Language: tamil
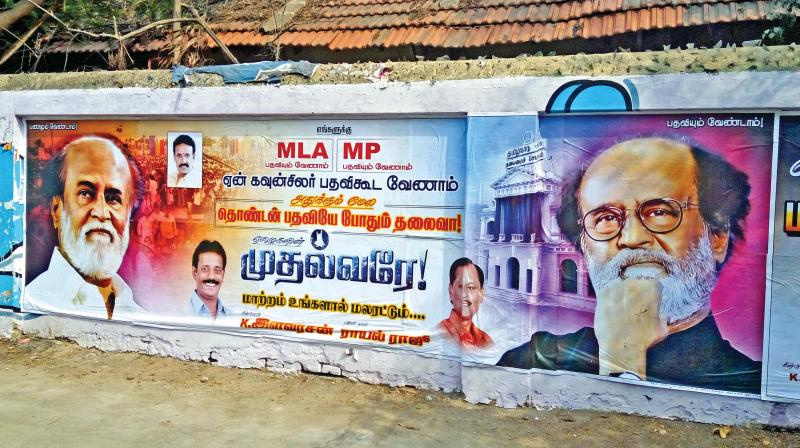
Transcription: பதவியும் பதவியும் வேணாம் எங்களுக்கு கவுன்சிலர் ரான பதவியும் என் பதவிகூட வேணாம் அதுக்கும் மேல தொண்டன் பதவியே போதும் தலைவா முதல்வரே மாற்றம் உங்களால் மலரட்டும் இளவரசன் ராயல் வேணாம் வேண்டாம்